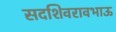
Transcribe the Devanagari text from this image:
सदशिवरावभाऊ